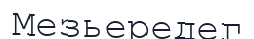
Мезьередег